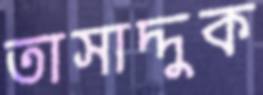
তাসাদ্দুক